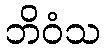
ဘိဝံသ